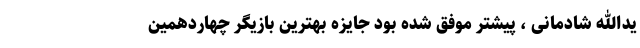
یدالله شادمانی ، پیشتر موفق شده بود جایزه بهترین بازیگر چهاردهمین